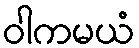
ဝါကမယံ